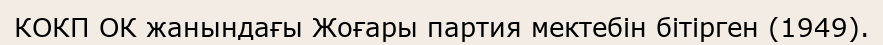
КОКП ОК жанындағы Жоғары партия мектебін бітірген (1949).